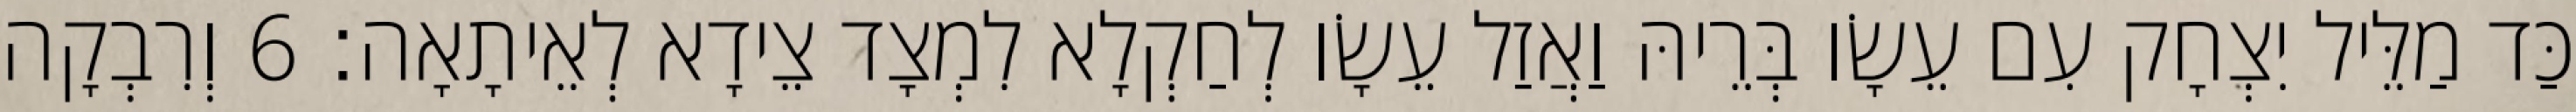
כַּד מַלֵּיל יִצְחָק עִם עֵשָׂו בְּרֵיהּ וַאֲזַל עֵשָׂו לְחַקְלָא לִמְצָד צֵידָא לְאֵיתָאָה׃ 6 וְרִבְקָה